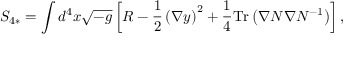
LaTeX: S _ { 4 * } = \int d ^ { 4 } x \sqrt { - g } \left[ R - \frac { 1 } { 2 } \left( \nabla y \right) ^ { 2 } + \frac { 1 } { 4 } \mathrm { T r } \left( \nabla N \nabla N ^ { - 1 } \right) \right] ,